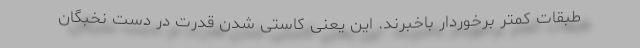
طبقات کمتر برخوردار باخبرند. این یعنی کاستی شدن قدرت در دست نخبگان